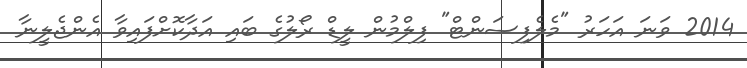
2014 ވަނަ އަހަރު "މެލެފިސަންޓް" ފިލްމުން ލީޑް ރޯލުގެ ބައި އަދާކޮށްފައިވާ އެންޖެލީނާ